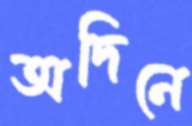
অদিনে